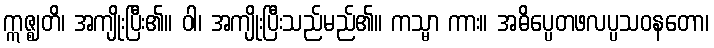
ဣဇ္ဈတိ၊ အကျိုးပြီး၏။ ဝါ၊ အကျိုးပြီးသည်မည်၏။ ကသ္မာ ကား။ အဓိပ္ပေတဖလပ္ပသဝနတော၊